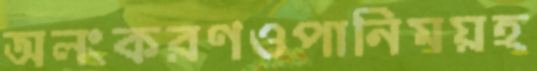
অলংকরণওপানিময়হ